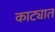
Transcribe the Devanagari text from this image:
काट्यात